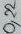
Text: 0,22